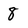
Character: 8